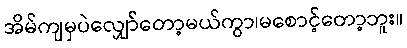
အိမ်ကျမှပဲလျှော်တော့မယ်ကွာ၊မစောင့်တော့ဘူး။